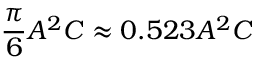
{ \frac { \pi } { 6 } } A ^ { 2 } C \approx 0 . 5 2 3 A ^ { 2 } C